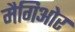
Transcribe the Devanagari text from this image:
मैगिओर